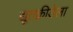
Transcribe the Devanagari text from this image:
द्यूतक्रीडेला